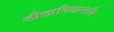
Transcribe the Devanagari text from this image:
लीलाविलासादि